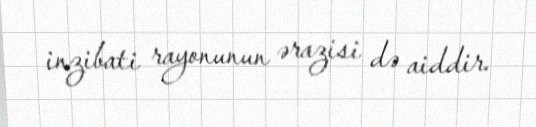
inzibati rayonunun ərazisi də aiddir.